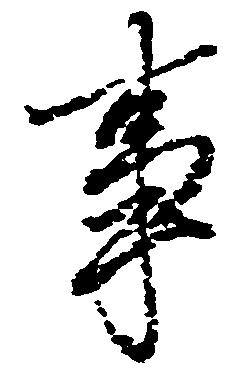
事